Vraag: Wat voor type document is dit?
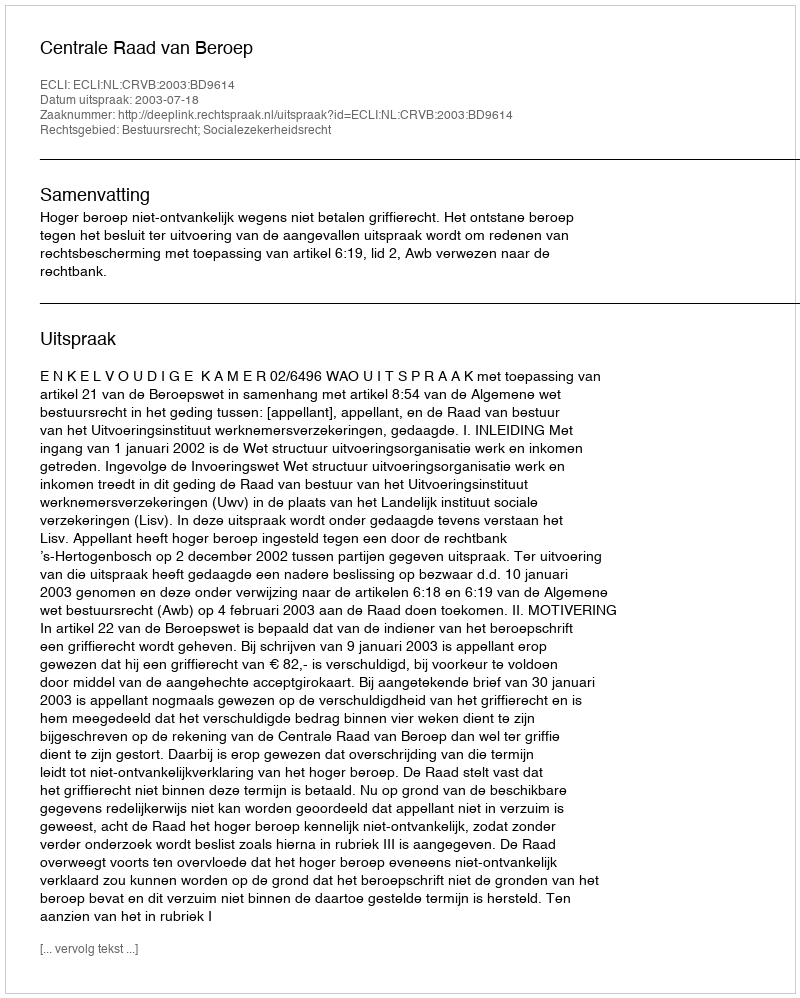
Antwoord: Uitspraak